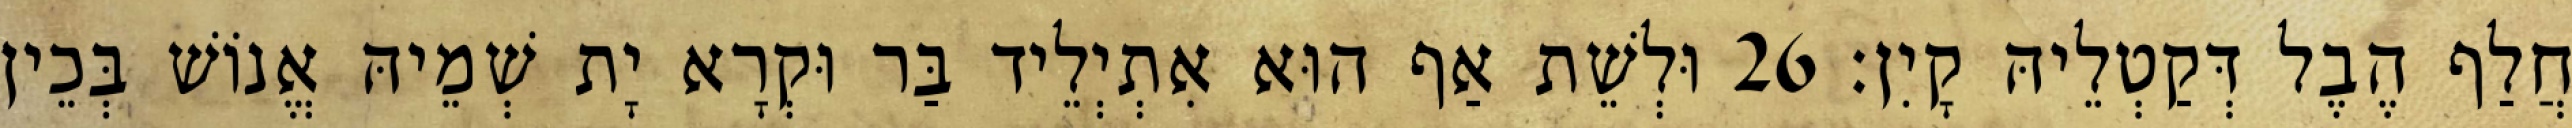
חֲלַף הֶבֶל דְּקַטְלֵיהּ קָיִן׃ 26 וּלְשֵׁת אַף הוּא אִתְיְלֵיד בַּר וּקְרָא יָת שְׁמֵיהּ אֱנוֹשׁ בְּכֵין